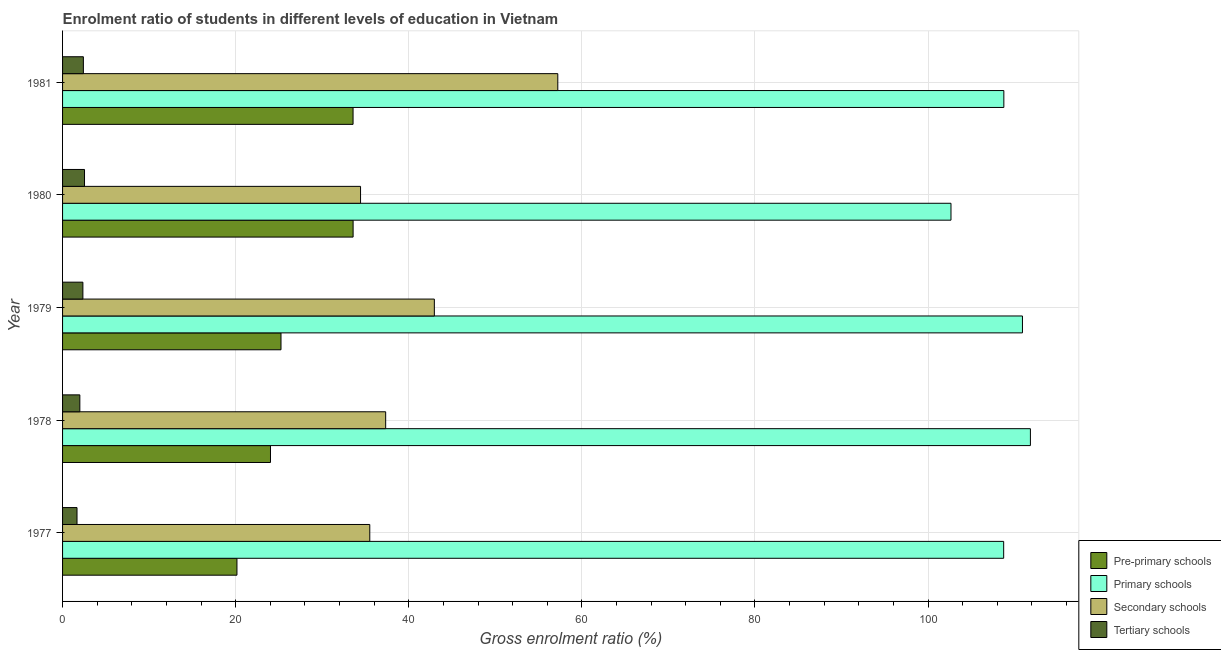
| Year | Pre-primary schools | Primary schools | Secondary schools | Tertiary schools |
 | --- | --- | --- | --- | --- |
 | 1977 | 20.1 | 109 | 35.5 | 1.67 |
 | 1978 | 24 | 112 | 37.3 | 2 |
 | 1979 | 25.2 | 111 | 43 | 2.35 |
 | 1980 | 33.6 | 103 | 34.4 | 2.54 |
 | 1981 | 33.6 | 109 | 57.2 | 2.4 |